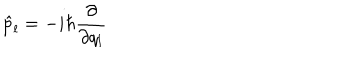
\hat { p } _ { l } = - i \hbar \frac { \partial } { \partial q _ { l } }